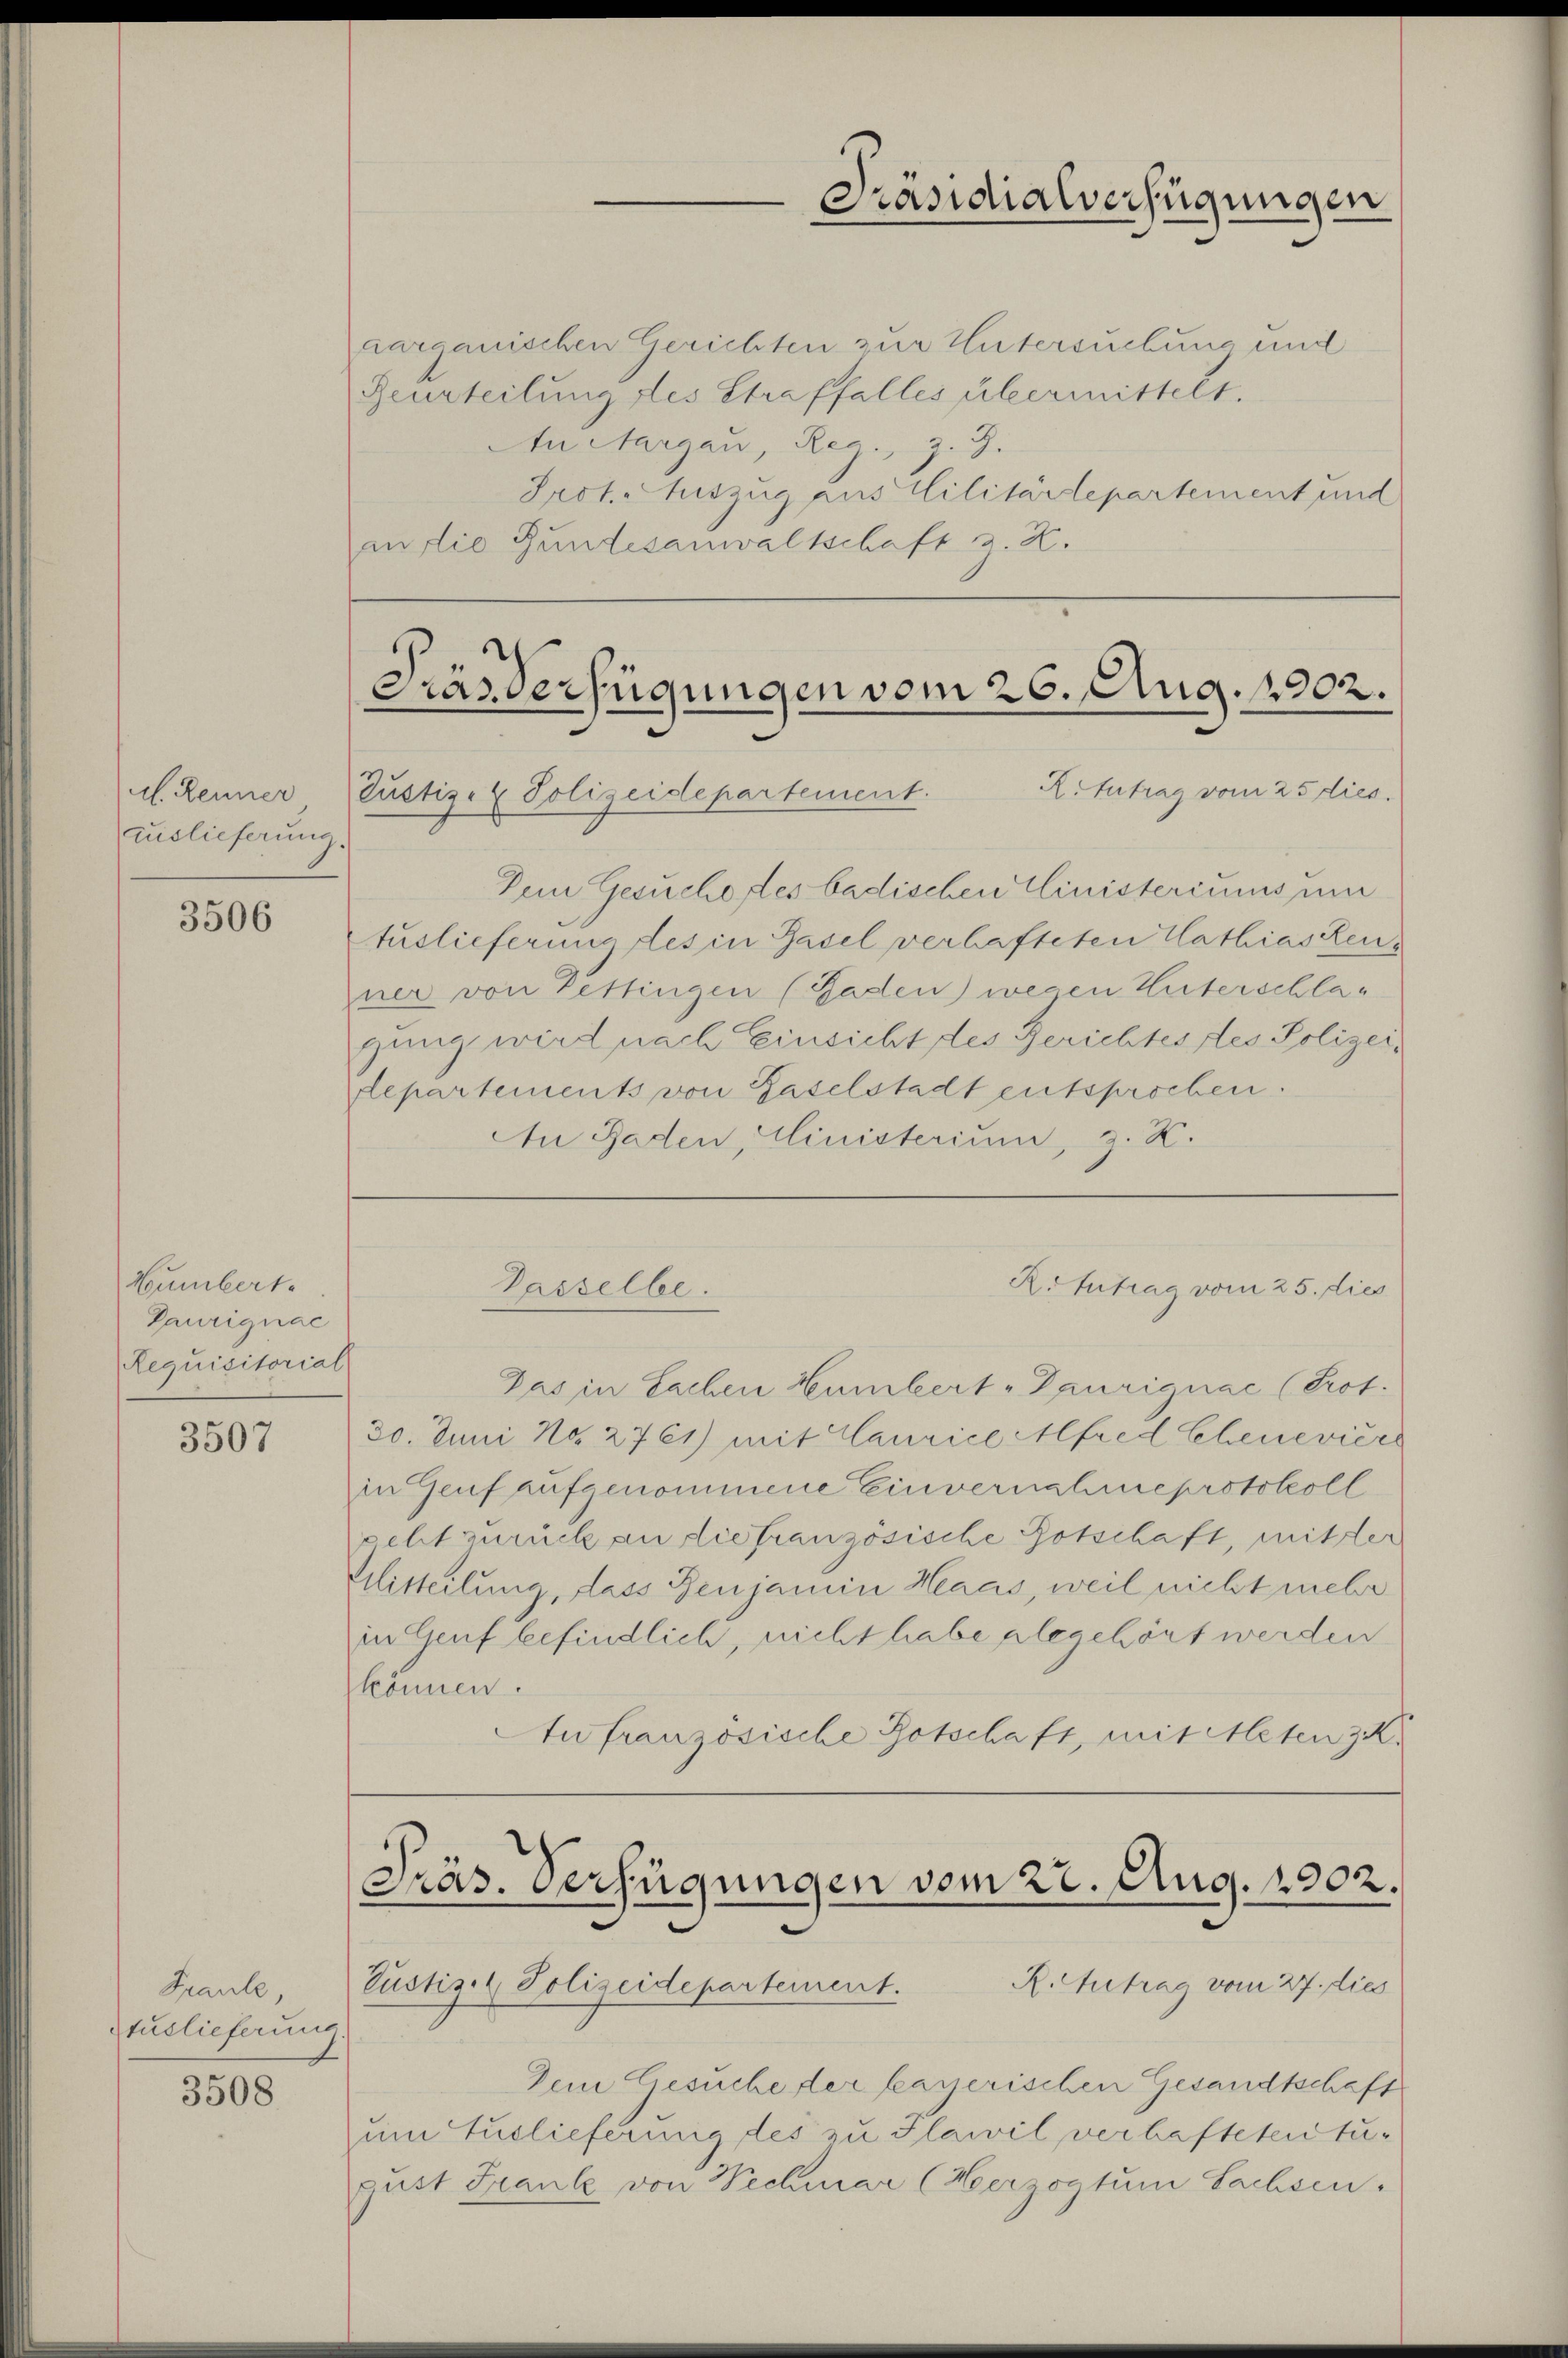
l. Renner
auslieferung.

3506

Humbert.
Paurignac
Requisitorial

3507

Spaule,
Euslieferung.

3508

aarganischen Gerichten zur Untersuchung und
Beurteilung des Straffalles übermittelt.
In Margau, Reg., z. B.
Srot. Auszug aus Militärdepartement und
an die Bundesanwaltschaft z. K.

FräsVerfügungen vom 26. Aug. 1902.
R.Intrag vom 25 dies
Tustiz- & Polizeidepartement.

Passelbe.

Präs. Verfügungen vom 22. Aug. 1902.
Justiz- & Polizeidepartement. R. Antrag vom 27. dies

Präsidialverfügungen

Dein Gesuchestes badischen Einisteriums und
tuslieferung des in Basel verhafteten Mathias Kenner von Pettingen (Faden) wegen Huterschlagung wird nach Einsicht des Gerichtes des Polizeiepartements von Gaselstadt entsprochen.
An Baden, Ministerium, z. K.

R.Intrag vom 25. dies

Das in Sachen Humbert - Taurignac (Prot.
30. Juni No 2761) mit Caurice Alfred Chenevière
in Genf aufgenommene Einvernahmeprotokoll
geht zurück an die französische Botschaft, mit der
Mitteilung, dass Benjamin Haas, weil nicht mehr
in Genf befindlich, nicht habe abegehört werden
können.
Au französische Botschaft, mit Meten K.

Dein Gesuche der bayerischen Gesandtschaft
um Auslieferung des zu Plawil verhaftetentugust Franke von Wechmar (Herzogtum Sachsen.